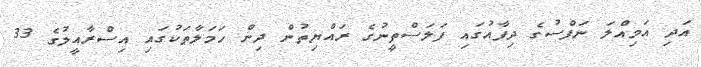
އަދި އަމިއްލަ ނަފްސުގެ ދިފާއުގައި ފަލަސްތީނުގެ ރައްޔިތުން ދިން ހަމަލާތަކުގައި އިސްރާއީލުގެ 33